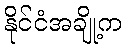
နိုင်ငံအချို့က